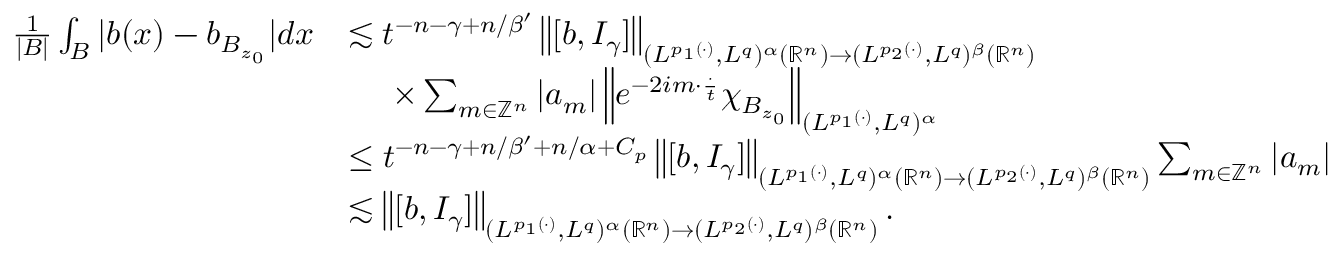
\begin{array} { r l } { \frac { 1 } { | B | } \int _ { B } | b ( x ) - b _ { B _ { z _ { 0 } } } | d x } & { \lesssim t ^ { - n - \gamma + n / \beta ^ { \prime } } \left\| [ b , I _ { \gamma } ] \right\| _ { ( L ^ { p _ { 1 } ( \cdot ) } , L ^ { q } ) ^ { \alpha } ( { \mathbb R } ^ { n } ) \rightarrow ( L ^ { p _ { 2 } ( \cdot ) } , L ^ { q } ) ^ { \beta } ( { \mathbb R } ^ { n } ) } } \\ & { ~ ~ ~ ~ \times \sum _ { m \in \mathbb { Z } ^ { n } } | a _ { m } | \left\| e ^ { - 2 i m \cdot \frac { \cdot } { t } } \chi _ { B _ { z _ { 0 } } } \right\| _ { ( L ^ { p _ { 1 } ( \cdot ) } , L ^ { q } ) ^ { \alpha } } } \\ & { \le t ^ { - n - \gamma + n / \beta ^ { \prime } + n / \alpha + C _ { p } } \left\| [ b , I _ { \gamma } ] \right\| _ { ( L ^ { p _ { 1 } ( \cdot ) } , L ^ { q } ) ^ { \alpha } ( { \mathbb R } ^ { n } ) \rightarrow ( L ^ { p _ { 2 } ( \cdot ) } , L ^ { q } ) ^ { \beta } ( { \mathbb R } ^ { n } ) } \sum _ { m \in \mathbb { Z } ^ { n } } | a _ { m } | } \\ & { \lesssim \left\| [ b , I _ { \gamma } ] \right\| _ { ( L ^ { p _ { 1 } ( \cdot ) } , L ^ { q } ) ^ { \alpha } ( { \mathbb R } ^ { n } ) \rightarrow ( L ^ { p _ { 2 } ( \cdot ) } , L ^ { q } ) ^ { \beta } ( { \mathbb R } ^ { n } ) } . } \end{array}